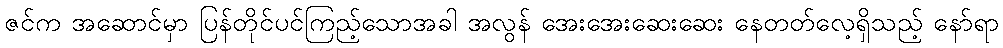
ဇင်က အဆောင်မှာ ပြန်တိုင်ပင်ကြည့်သောအခါ အလွန် အေးအေးဆေးဆေး နေတတ်လေ့ရှိသည့် နော်ရာ